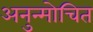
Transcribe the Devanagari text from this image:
अनुन्मोचित